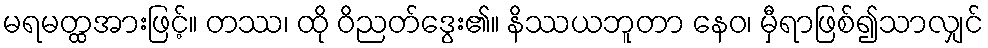
မရမတ္ထအားဖြင့်။ တဿ၊ ထို ဝိညတ်ဒွေး၏။ နိဿယဘူတာ နေဝ၊ မှီရာဖြစ်၍သာလျှင်